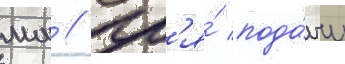
мм // Дл'я́ пода́чи